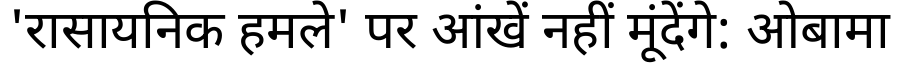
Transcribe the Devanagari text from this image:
'रासायनिक हमले' पर आंखें नहीं मूंदेंगे: ओबामा